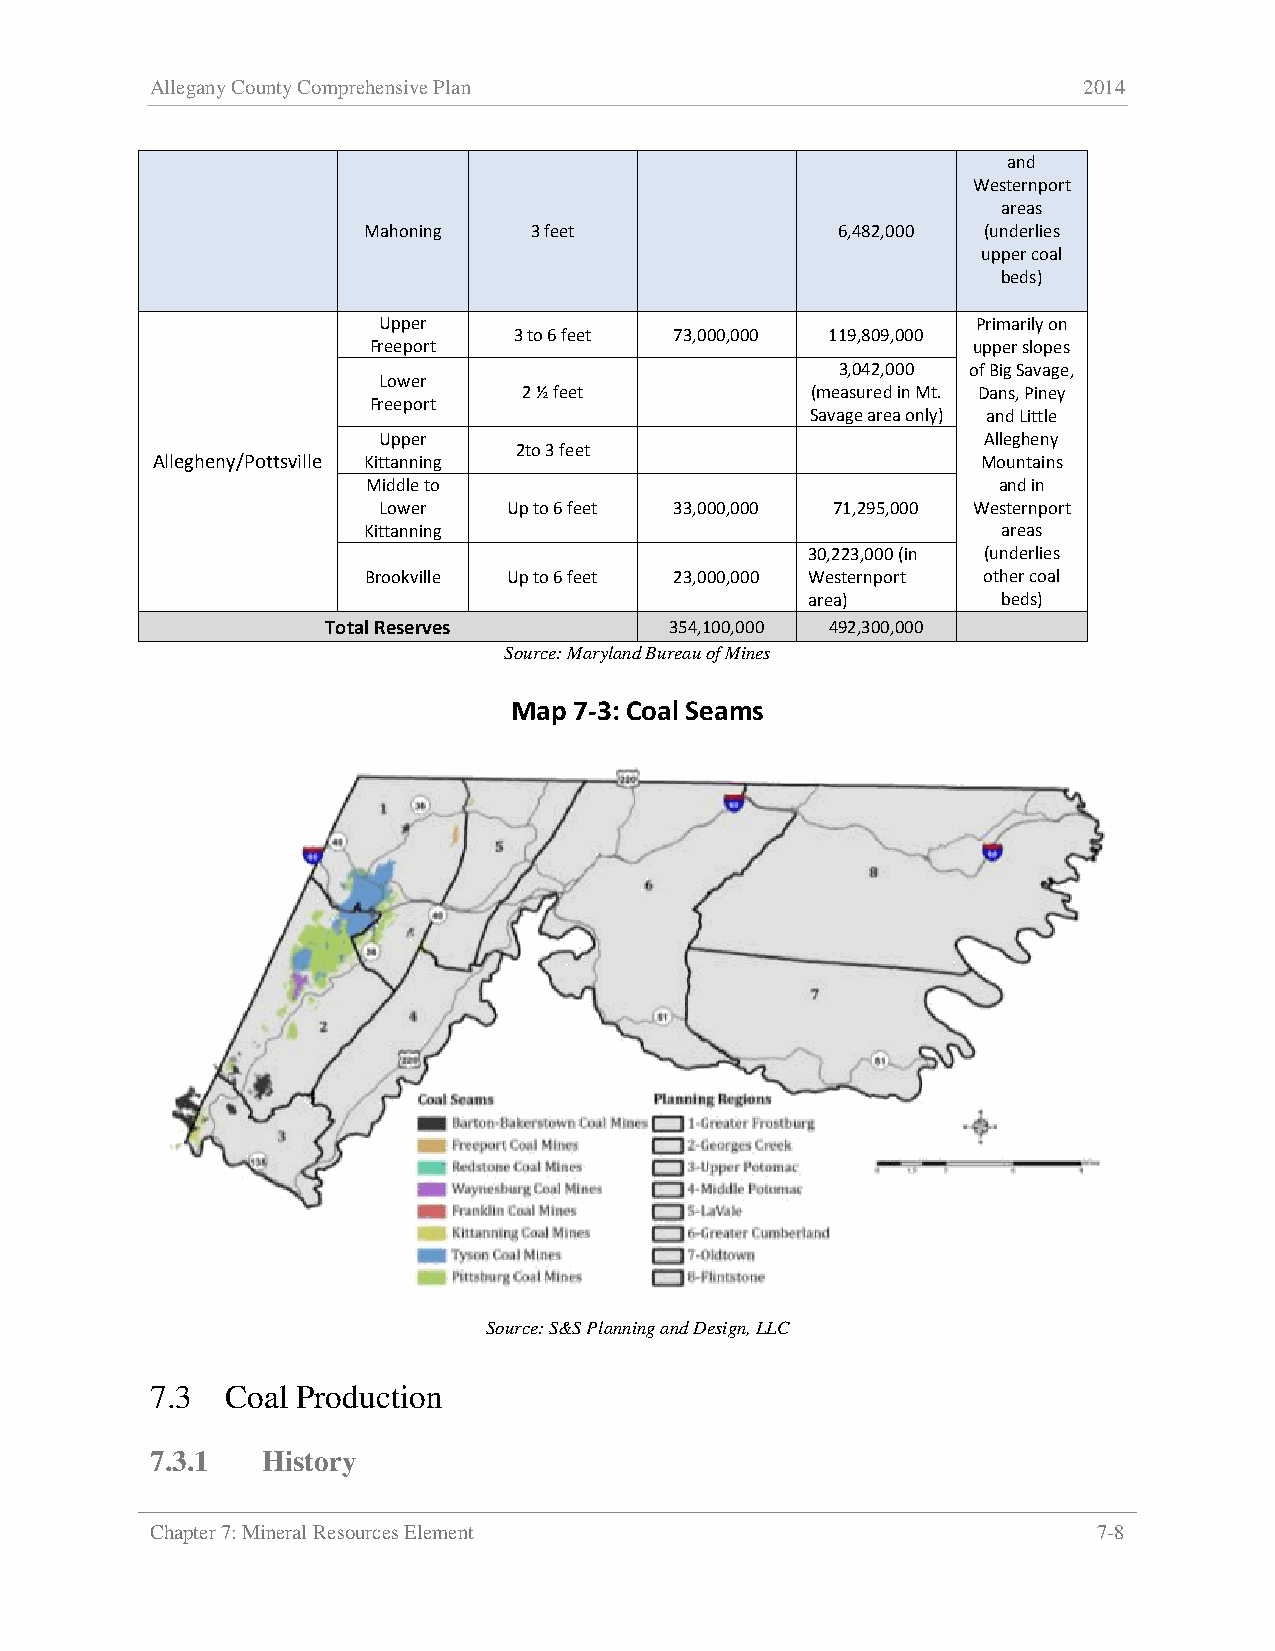
Allegany County Comprehensive Plan                            2014
 and
 Westernport
 areas
 Mahoning   3 feet               6,482,000 (underlies
 upper coal
 beds)
 Upper                                   Primarily on
 3 to 6 feet 73,000,000 119,809,000
 Freeport                                upper slopes
 3,042,000 of Big Savage,
 Lower
 2 ½ feet           (measured in Mt. Dans, Piney
 Freeport
 Savage area only) and Little
 Upper                                   Allegheny
 2to 3 feet
 Allegheny/Pottsville Kittanning                        Mountains
 Middle to                                 and in
 Lower    Up to 6 feet 33,000,000 71,295,000 Westernport
 Kittanning                                areas
 30,223,000 (in (underlies
 Brookville Up to 6 feet 23,000,000 Westernport other coal
 area)       beds)
 Total Reserves        354,100,000 492,300,000
 Source: Maryland Bureau of Mines
 Map 7-3: Coal Seams
 Source: S&S Planning and Design, LLC
 7.3  Coal Production
 7.3.1  History
 Chapter 7: Mineral Resources Element                           7-8